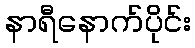
နာရီနောက်ပိုင်း